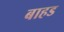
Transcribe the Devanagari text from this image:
बाहड